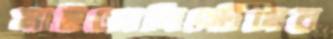
মাইক্রোসিস্টেমের